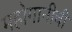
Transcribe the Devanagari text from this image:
महोगानीची